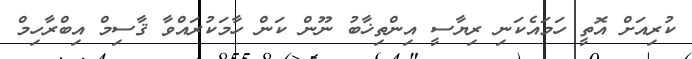
ކުރިއަށް އޮތީ ހަމައެކަނި ރިޔާސީ އިންތިޚާބު ނޫން ކަން ހާމަކުރައްވާ ޤާސިމް އިބްރާހިމް